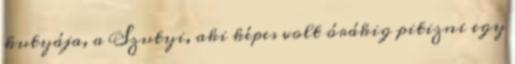
kutyája, a Szutyi, aki képes volt órákig pitizni egy